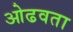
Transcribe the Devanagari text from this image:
ओढवता